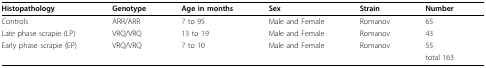
| Histopathology | Genotype | Age in months | Sex | Strain | Number |
 | --- | --- | --- | --- | --- | --- |
 | Controls | ARR/ARR | 7 to 95 | Male and Female | Romanov | 65 |
 | Late phase scrapie (LP) | VRQ/VRQ | 13 to 19 | Male and Female | Romanov | 43 |
 | Early phase scrapie (EP) | VRQ/VRQ | 7 to 10 | Male and Female | Romanov | 55 |
 |  |  |  |  |  | total 163 |